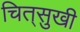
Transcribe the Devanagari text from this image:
चित्‌सुखी